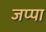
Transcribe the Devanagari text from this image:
जप्पा